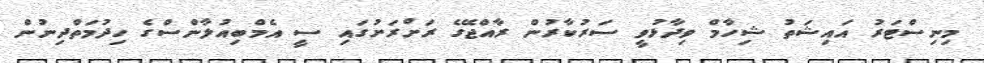
މިނިސްޓަރު އައިޝަތު ޝިހާމް ވިދާޅުވީ ސަރުކާރުން ރާއްޖޭގެ ރަށްރަށުގައި ސީ އެމްބިއުލާންސްގެ ހިދުމަތްދިނުން